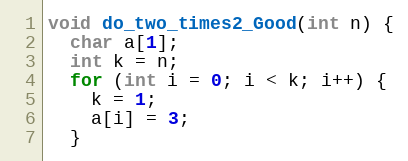
Language: C
void do_two_times2_Good(int n) {
  char a[1];
  int k = n;
  for (int i = 0; i < k; i++) {
    k = 1;
    a[i] = 3;
  }